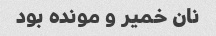
نان خمیر و مونده بود